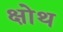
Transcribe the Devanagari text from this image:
क्षोथ